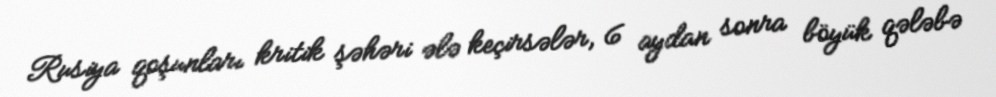
Rusiya qoşunları kritik şəhəri ələ keçirsələr, 6 aydan sonra böyük qələbə